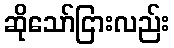
ဆိုသော်ငြားလည်း